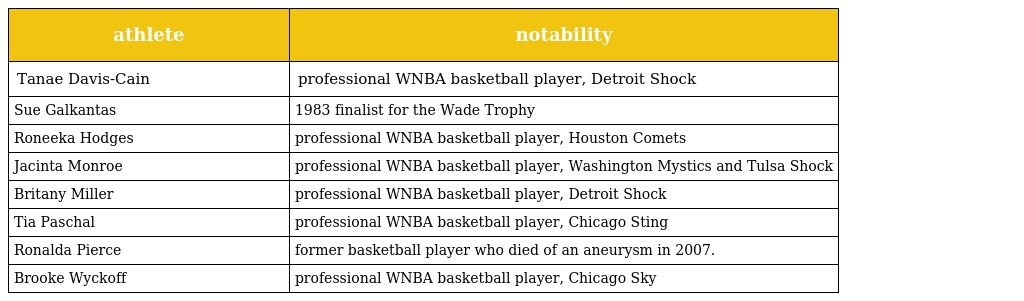
| athlete | notability |
 | --- | --- |
 | Tanae Davis-Cain | professional WNBA basketball player, Detroit Shock |
 | Sue Galkantas | 1983 finalist for the Wade Trophy |
 | Roneeka Hodges | professional WNBA basketball player, Houston Comets |
 | Jacinta Monroe | professional WNBA basketball player, Washington Mystics and Tulsa Shock |
 | Britany Miller | professional WNBA basketball player, Detroit Shock |
 | Tia Paschal | professional WNBA basketball player, Chicago Sting |
 | Ronalda Pierce | former basketball player who died of an aneurysm in 2007. |
 | Brooke Wyckoff | professional WNBA basketball player, Chicago Sky |